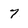
Character: 7